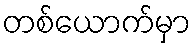
တစ်ယောက်မှာ